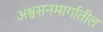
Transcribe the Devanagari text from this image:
अश्वसनमार्गातील